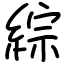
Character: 綜